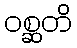
ဝစ္ဆတိ